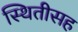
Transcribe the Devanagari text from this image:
स्थितीसह